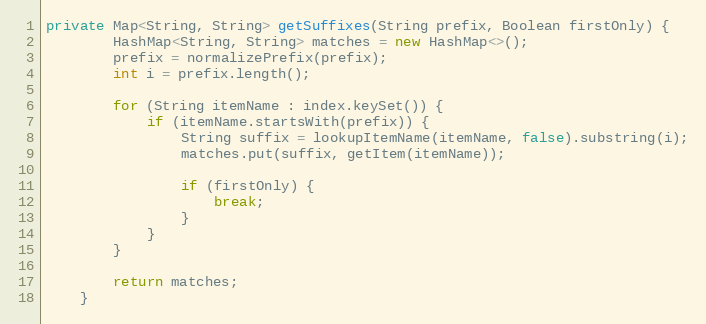
Language: Java
private Map<String, String> getSuffixes(String prefix, Boolean firstOnly) {
        HashMap<String, String> matches = new HashMap<>();
        prefix = normalizePrefix(prefix);
        int i = prefix.length();

        for (String itemName : index.keySet()) {
            if (itemName.startsWith(prefix)) {
                String suffix = lookupItemName(itemName, false).substring(i);
                matches.put(suffix, getItem(itemName));

                if (firstOnly) {
                    break;
                }
            }
        }

        return matches;
    }